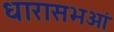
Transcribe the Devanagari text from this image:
धारासभओं